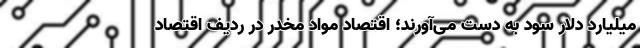
میلیارد دلار سود به دست می‌آورند؛ اقتصاد مواد مخدر در ردیف اقتصاد